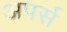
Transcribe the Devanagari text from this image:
अपर्स